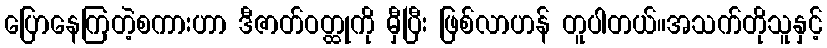
ပြောနေကြတဲ့စကားဟာ ဒီဇာတ်ဝတ္ထုကို မှီပြီး ဖြစ်လာဟန် တူပါတယ်။အသက်တိုသူနှင့်